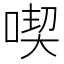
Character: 喫